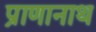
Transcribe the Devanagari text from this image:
प्राणानाथ